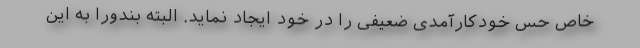
خاص حس خودکارآمدی ضعیفی را در خود ایجاد نماید. البته بندورا به این